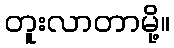
တူးလာတာမို့။